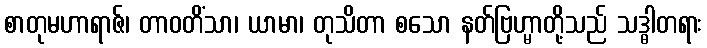
စာတုမဟာရာဇ်၊ တာဝတိံသာ၊ ယာမာ၊ တုသိတာ စသော နတ်ဗြဟ္မာတို့သည် သဒ္ဓါတရား